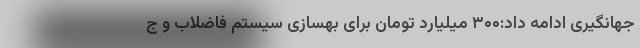
جهانگیری ادامه داد:۳۰۰ میلیارد تومان برای بهسازی سیستم فاضلاب و ج